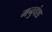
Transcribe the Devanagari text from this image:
मनुवंश